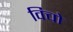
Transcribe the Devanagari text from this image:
विचो